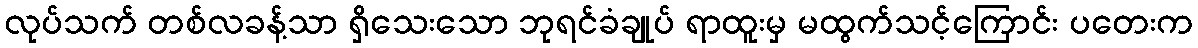
လုပ်သက် တစ်လခန့်သာ ရှိသေးသော ဘုရင်ခံချုပ် ရာထူးမှ မထွက်သင့်ကြောင်း ပတေးက